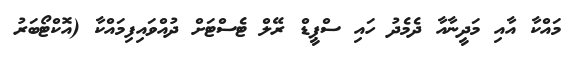
މައްކާ އާއި މަދީނާއާ ދެމެދު ހައި ސްޕީޑް ރޭލް ޓެސްޓަށް ދުއްވައިފިމައްކާ (އޮކްޓޯބަރު